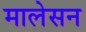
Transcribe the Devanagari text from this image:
मालेसन